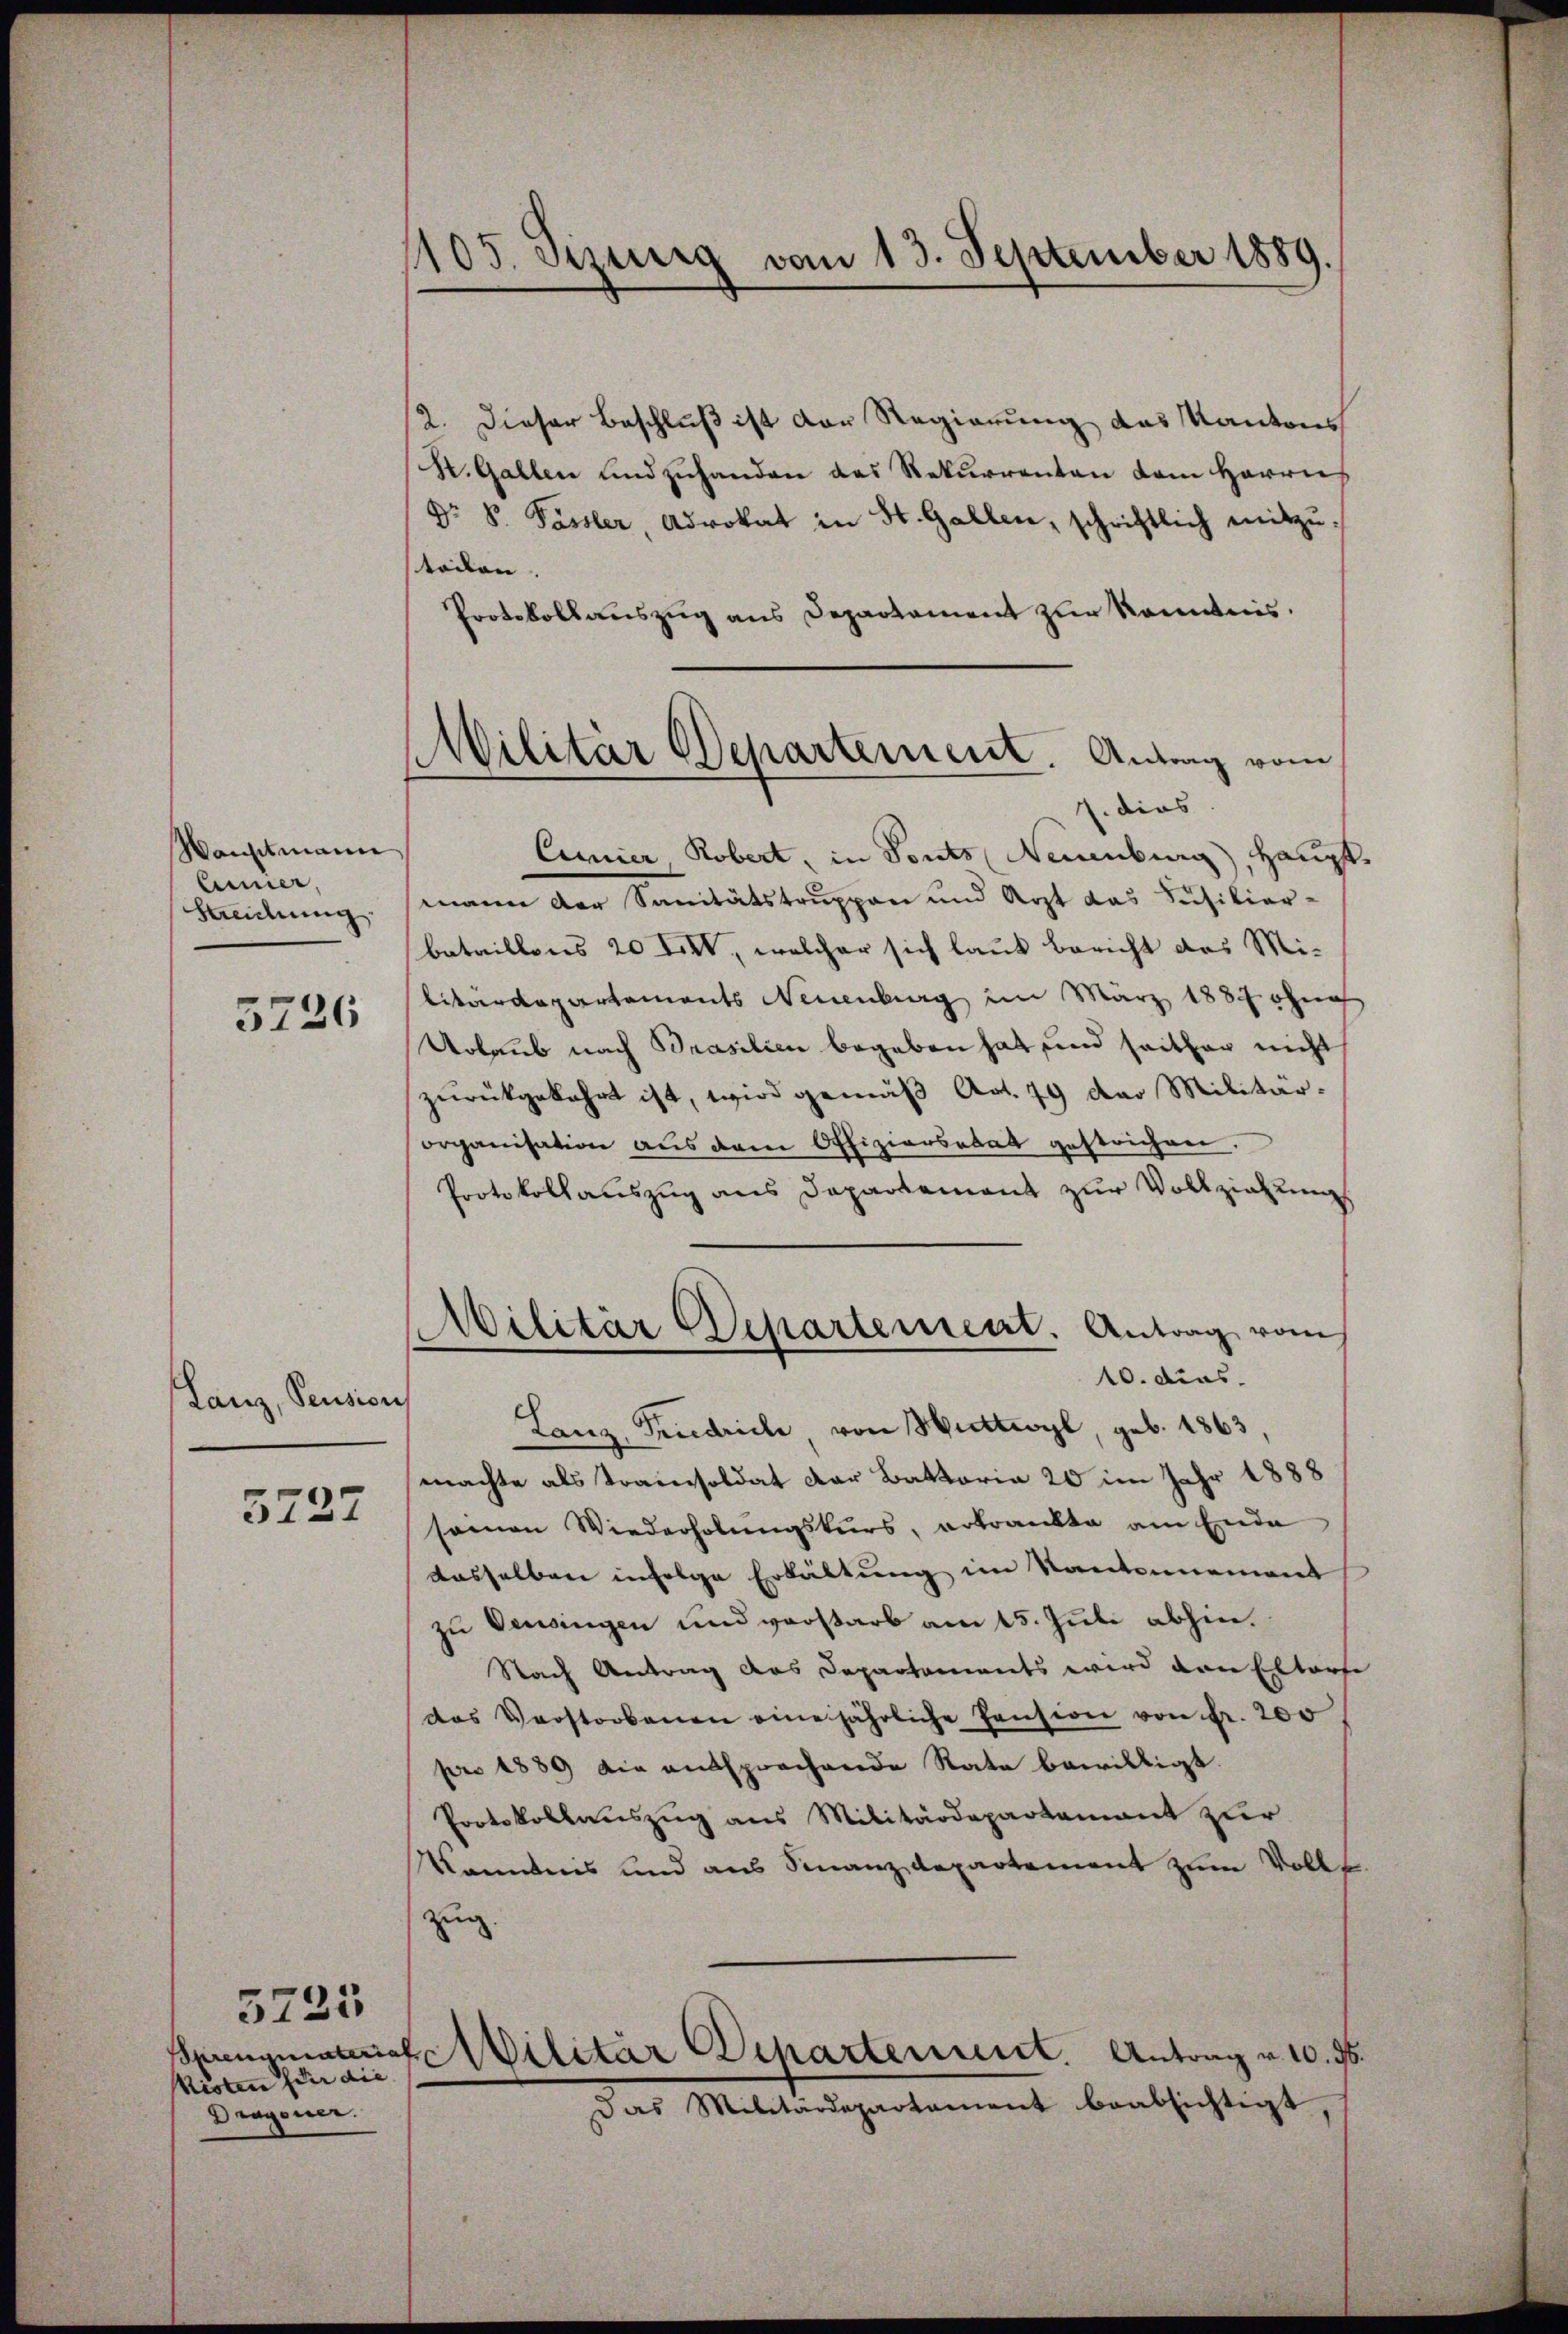
Wauptmann
linner,
Streichung.

5726

Lanz, Pension

5727

5725
Kisten für die
Dragoner.

1105. Seinig vom 13. September 1889.

MMilitär Departement. Antrag vom
J. dies

2. Dieser Beschluß ist der Regierung des Kantons
K. Gallen und zuhanden das Rekurrenten dem Herrn
Dr. P. Passler, Advokat in St. Gallen, schriftlich mitzŭ
teilen.
Protokollauszug aus Departement zur Kenntnis.
Cimier Robert, in Ponts Neuenburg, Hauptmann der Sanitätstruppen und Arzt das Füsilierbataillens 20 XIV., welcher sich laut Bericht das Mi-
litärdepartements Neuenburg im März 1887 ohne
Urlaub nach Brasilien begeben hat und seither nicht
zŭrückgekehrt ist, wird gemäβ Art. 79 der Militär-
organisation aus dem Offiziarsabat gestrichen.
Protokollauszug aus Departement zur Vollziehungs
Militär Departement. Antrag vom
10. dies
Lanz, Friedrich von Huttwyl, geb. 1863,
machte als Trainsoldat der Battaria 20 im Jahr 1888
seinen Wiederholungskurs, erkrankte am Ende
dasselben infolge Erkältung im Kantonnement
zu Versingen und verstarb am 15. Juli abhin.
Nach Antrag das Departements wird den Elterse
das Verstorbenen eine jährliche Pension von Fr. 200
pro 1889 die entsprochende Rate bewilligt.
Protokollauszug aus Militärdepartament zur
Kenntnis und aus Finanzdepartement zum Volke
zug.
Sprengesteres Militär Departement. Antrag v. 10. 76.
Das Militärdepartament beabsichtigt